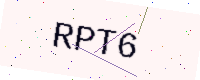
Text: RPT6